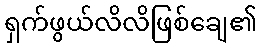
ရှက်ဖွယ်လိလိဖြစ်ချေ၏